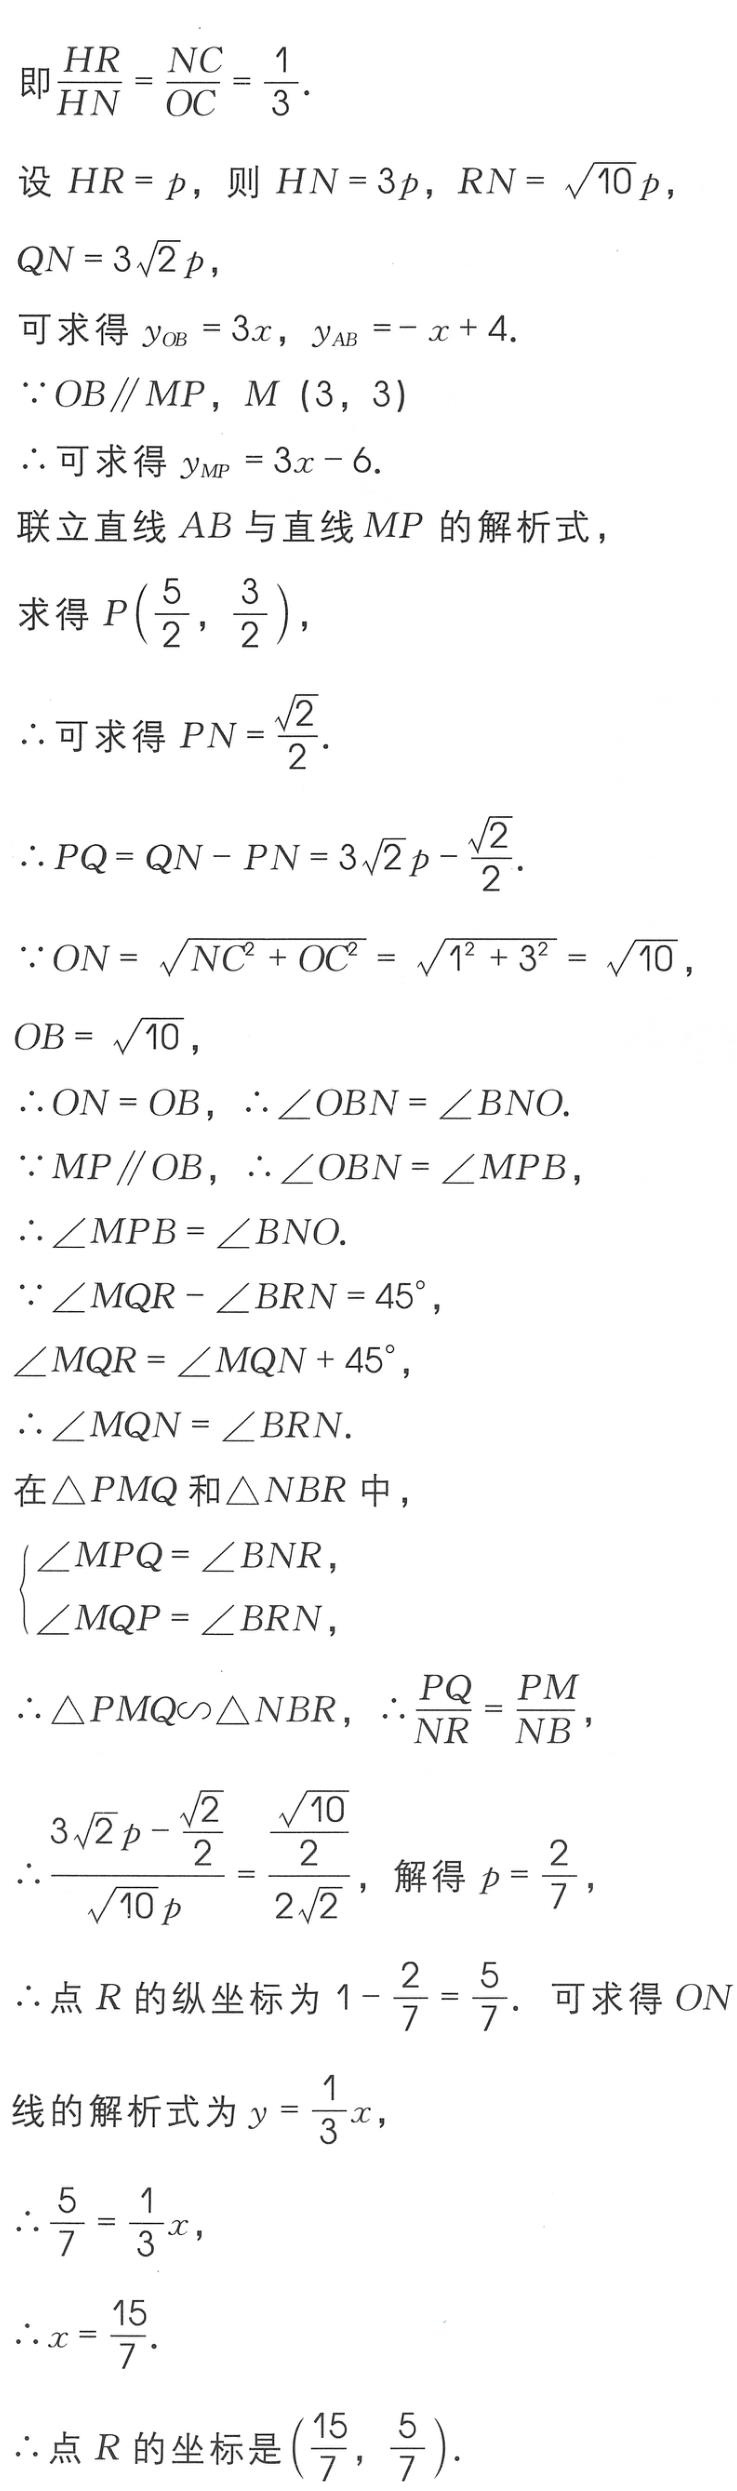
即\(\frac{HR}{HN}=\frac{NC}{OC}=\frac{1}{3}\).
设\(HR = p\)，则\(HN = 3p\)，\(RN = \sqrt{10}p\)，
\(QN = 3\sqrt{2}p\)，
可求得\(y_{OB} = 3x\)，\(y_{AB}=-x + 4\).
\(\because OB\parallel MP\)，\(M(3,3)\)
\(\therefore\)可求得\(y_{MP} = 3x - 6\).
联立直线\(AB\)与直线\(MP\)的解析式，
求得\(P(\frac{5}{2},\frac{3}{2})\)，
\(\therefore\)可求得\(PN=\frac{\sqrt{2}}{2}\).
\(\therefore PQ = QN - PN = 3\sqrt{2}p-\frac{\sqrt{2}}{2}\).
\(\because ON=\sqrt{NC^{2}+OC^{2}}=\sqrt{1^{2}+3^{2}}=\sqrt{10}\)，
\(OB = \sqrt{10}\)，
\(\therefore ON = OB\)，\(\therefore\angle OBN=\angle BNO\).
\(\because MP\parallel OB\)，\(\therefore\angle OBN=\angle MPB\)，
\(\therefore\angle MPB=\angle BNO\).
\(\because\angle MQR - \angle BRN = 45^{\circ}\)，
\(\angle MQR=\angle MQN + 45^{\circ}\)，
\(\therefore\angle MQN=\angle BRN\).
在\(\triangle PMQ\)和\(\triangle NBR\)中，
\(\begin{cases}
\angle MPQ=\angle BNR,\\
\angle MQP=\angle BRN,
\end{cases}\)
\(\therefore\triangle PMQ\sim\triangle NBR\)，\(\therefore\frac{PQ}{NR}=\frac{PM}{NB}\)，
\(\therefore\frac{3\sqrt{2}p-\frac{\sqrt{2}}{2}}{\sqrt{10}p}=\frac{\frac{\sqrt{10}}{2}}{2\sqrt{2}}\)，解得\(p = \frac{2}{7}\)，
\(\therefore\)点\(R\)的纵坐标为\(1-\frac{2}{7}=\frac{5}{7}\). 可求得\(ON\)
线的解析式为\(y = \frac{1}{3}x\)，
\(\therefore\frac{5}{7}=\frac{1}{3}x\)，
\(\therefore x=\frac{15}{7}\).
\(\therefore\)点\(R\)的坐标是\((\frac{15}{7},\frac{5}{7})\).